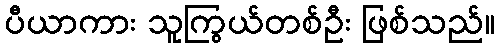
ပီယာကား သူကြွယ်တစ်ဦး ဖြစ်သည်။